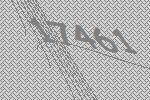
17461